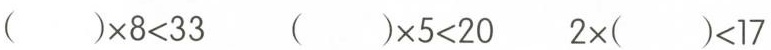
$$( ) \times 8 < 3 3$$ $$( ) \times 5 < 2 0$$ $$2 \times ( ) < 1 7$$